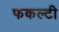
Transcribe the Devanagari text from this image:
फकल्टी